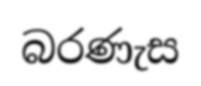
බරණැස